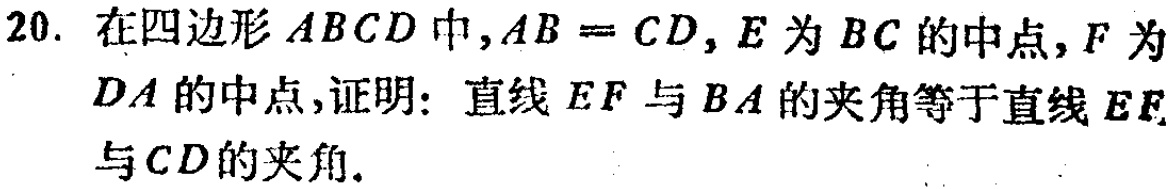
20. 在四边形\(ABCD\)中，\(AB = CD\)，\(E\)为\(BC\)的中点，\(F\)为\(DA\)的中点，证明：直线\(EF\)与\(BA\)的夹角等于直线\(EF\)与\(CD\)的夹角.